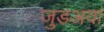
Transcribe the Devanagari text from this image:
जुडअवां